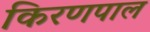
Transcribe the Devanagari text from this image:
किरणपाल